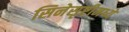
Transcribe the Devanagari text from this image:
सिनेसृष्टीमध्ये